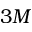
3 M